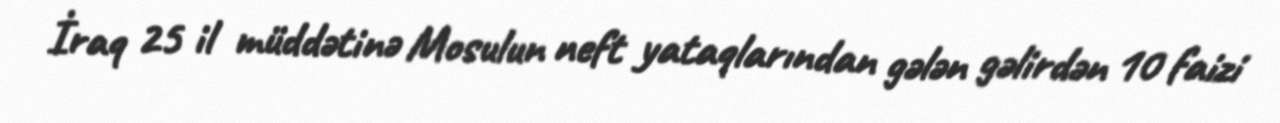
İraq 25 il müddətinə Mosulun neft yataqlarından gələn gəlirdən 10 faizi